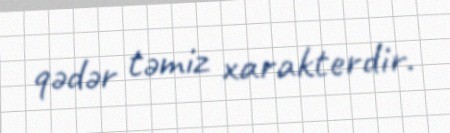
qədər təmiz xarakterdir.